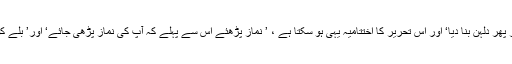
ایک مرتبہ پھر سلیکٹڈ حکومت کے قیام پر یہی کہا جا سکتا ہے ، ’ وقت نے ایک بار پھر دلہن بنا دیا‘ اور اس تحریر کا اختتامیہ یہی ہو سکتا ہے ، ’ نماز پڑھئے اس سے پہلے کہ آپ کی نماز پڑھی جائے‘ اور’ بلے کو ووٹ کی معافی مانگ لیجئے ہو سکتا ہے یہ آپ کی زندگی کی آخری حکومت ہو‘۔